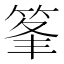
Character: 𥭗